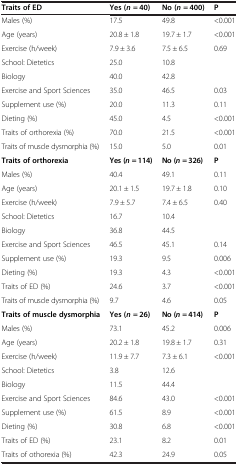
| Traits of ED | Yes (n= 40) | No (n= 400) | P |
 | --- | --- | --- | --- |
 | Males (%) | 17.5 | 49.8 | <0.001 |
 | Age (years) | 20.8 ± 1.8 | 19.7 ± 1.7 | <0.001 |
 | Exercise (h/week) | 7.9 ± 3.6 | 7.5 ± 6.5 | 0.69 |
 | School: Dietetics | 25.0 | 10.8 |  |
 | Biology | 40.0 | 42.8 |  |
 | Exercise and Sport Sciences | 35.0 | 46.5 | 0.03 |
 | Supplement use (%) | 20.0 | 11.3 | 0.11 |
 | Dieting (%) | 45.0 | 4.5 | <0.001 |
 | Traits of orthorexia (%) | 70.0 | 21.5 | <0.001 |
 | Traits of muscle dysmorphia (%) | 15.0 | 5.0 | 0.01 |
 | Traits of orthorexia | Yes (n= 114) | No (n= 326) | P |
 | Males (%) | 40.4 | 49.1 | 0.11 |
 | Age (years) | 20.1 ± 1.5 | 19.7 ± 1.8 | 0.10 |
 | Exercise (h/week) | 7.9 ± 5.7 | 7.4 ± 6.5 | 0.40 |
 | School: Dietetics | 16.7 | 10.4 |  |
 | Biology | 36.8 | 44.5 |  |
 | Exercise and Sport Sciences | 46.5 | 45.1 | 0.14 |
 | Supplement use (%) | 19.3 | 9.5 | 0.006 |
 | Dieting (%) | 19.3 | 4.3 | <0.001 |
 | Traits of ED (%) | 24.6 | 3.7 | <0.001 |
 | Traits of muscle dysmorphia (%) | 9.7 | 4.6 | 0.05 |
 | Traits of muscle dysmorphia | Yes (n= 26) | No (n= 414) | P |
 | Males (%) | 73.1 | 45.2 | 0.006 |
 | Age (years) | 20.2 ± 1.8 | 19.8 ± 1.7 | 0.31 |
 | Exercise (h/week) | 11.9 ± 7.7 | 7.3 ± 6.1 | <0.001 |
 | School: Dietetics | 3.8 | 12.6 |  |
 | Biology | 11.5 | 44.4 |  |
 | Exercise and Sport Sciences | 84.6 | 43.0 | <0.001 |
 | Supplement use (%) | 61.5 | 8.9 | <0.001 |
 | Dieting (%) | 30.8 | 6.8 | <0.001 |
 | Traits of ED (%) | 23.1 | 8.2 | 0.01 |
 | Traits of othorexia (%) | 42.3 | 24.9 | 0.05 |